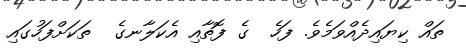
ތައް ކިޔައިދެއްވަމެވެ. ފަހެ  ގެ ފޮތާއި އެކަލާނގެ  ތަކަށްފަހުގައި